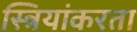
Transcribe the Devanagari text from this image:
स्त्रियांकरता